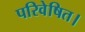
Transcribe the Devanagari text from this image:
परिवेषित।